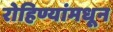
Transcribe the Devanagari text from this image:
रोहिण्यांमधून